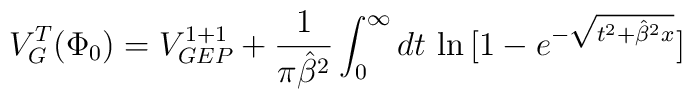
V_G^T(\Phi_0)= V_{GEP}^{1+1}+ {1\over {\pi {\hat{\beta}}^2}} \int_0^{\infty} dt \,  \ln \, [1-e^{- \sqrt{t^2+{\hat{\beta}}^2 x}} ]